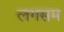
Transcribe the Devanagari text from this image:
लगसम